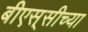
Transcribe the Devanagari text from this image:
बीएस्‌सीच्या